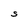
Character: S